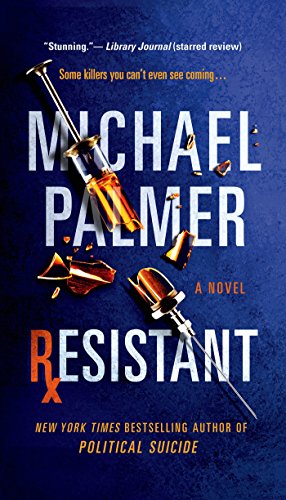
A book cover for Resistant; Michael Palmer; Mystery, Thriller & Suspense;